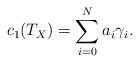
\begin{align*}c_1(T_X)=\sum_{i=0}^N a_i \gamma_i.\end{align*}